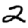
Digit: 2